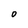
Character: O